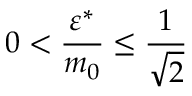
0 < \frac { \varepsilon ^ { \ast } } { m _ { 0 } } \le \frac { 1 } { \sqrt { 2 } }